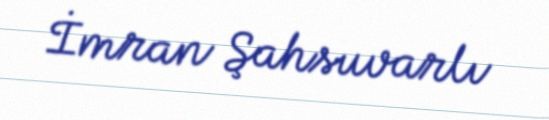
İmran Şahsuvarlı